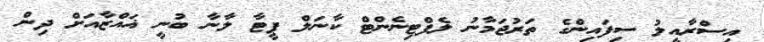
އިސްރާއީލު ސިފައިންގެ ތަރުޖަމާނު ލެފްޓިނެންޓް ކާނަލް ޕީޓާ ލާނާ ބުނީ ޣައްޒާއަށް ދިން